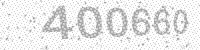
Solution: 400660